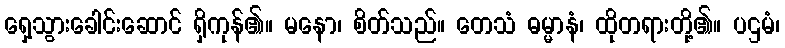
ရှေ့သွားခေါင်းဆောင် ရှိကုန်၏။ မနော၊ စိတ်သည်။ တေသံ ဓမ္မာနံ၊ ထိုတရားတို့၏။ ပဌမံ၊